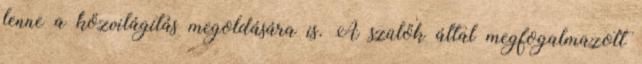
lenne a közvilágítás megoldására is. A szülők által megfogalmazott